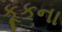
કૂકના